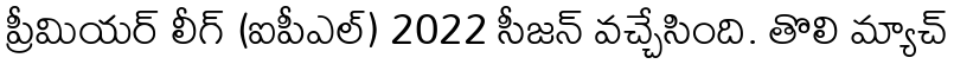
ప్రీమియర్ లీగ్ (ఐపీఎల్) 2022 సీజన్ వచ్చేసింది. తొలి మ్యాచ్